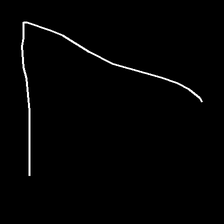
Glyph: region